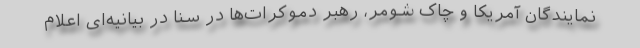
نمایندگان آمریکا و چاک شومر، رهبر دموکرات‌ها در سنا در بیانیه‌ای اعلام